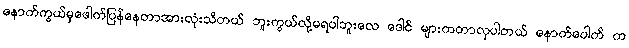
နောက်ကွယ်မှဖေါက်ပြန်နေတာအားလုံးသိတယ် ဘူးကွယ်လို့မရပါဘူးလေ ဒေါင် များကတာလှပါတယ် နောက်ပေါက် က